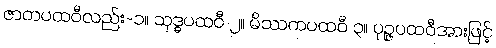
ဇာတပထဝီလည်း-၁။ သုဒ္ဓပထဝီ ၂။ မိဿကပထဝီ ၃။ ပုဉ္ဇပထဝီအားဖြင့်